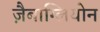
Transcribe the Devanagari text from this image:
ज़ैबाग्लियोन